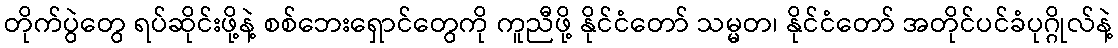
တိုက်ပွဲတွေ ရပ်ဆိုင်းဖို့နဲ့ စစ်ဘေးရှောင်တွေကို ကူညီဖို့ နိုင်ငံတော် သမ္မတ၊ နိုင်ငံတော် အတိုင်ပင်ခံပုဂ္ဂိုလ်နဲ့